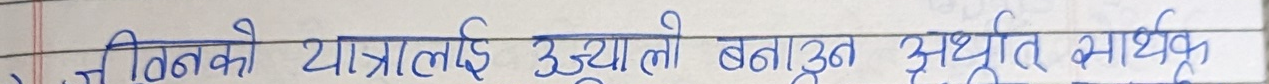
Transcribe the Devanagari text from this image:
त बितको यात्रालाई उज्यालो बनाउन अधुत सार्थक